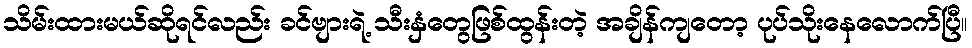
သိမ်းထားမယ်ဆိုရင်လည်း ခင်ဗျားရဲ့ သီးနှံတွေဖြစ်ထွန်းတဲ့ အချိန်ကျတော့ ပုပ်သိုးနေလောက်ပြီ။